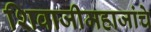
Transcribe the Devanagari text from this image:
शिवाजीमहाजांचे